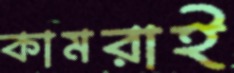
কামরাই